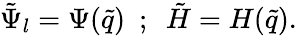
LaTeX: \tilde{\Psi}_{l}=\Psi(\tilde{q})~~;~~\tilde{H}=H(\tilde{q}).